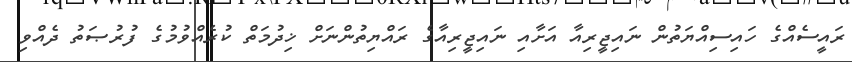
ރައީސެއްގެ ހައިސިއްޔަތުން ނައިޖީރިއާ އަށާއި ނައިޖީރިއާގެ ރައްޔިތުންނަށް ޚިދުމަތް ކުރެއްވުމުގެ ފުރުޞަތު ދެއްވި